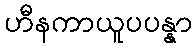
ဟီနကာယူပပန္နာ